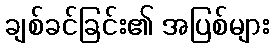
ချစ်ခင်ခြင်း၏ အပြစ်များ